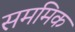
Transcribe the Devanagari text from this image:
सममिक